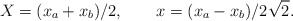
\begin{align*}X = (x_{a} + x_{b})/2 , \qquad x = (x_{a} - x_{b})/2\sqrt{2} .\end{align*}